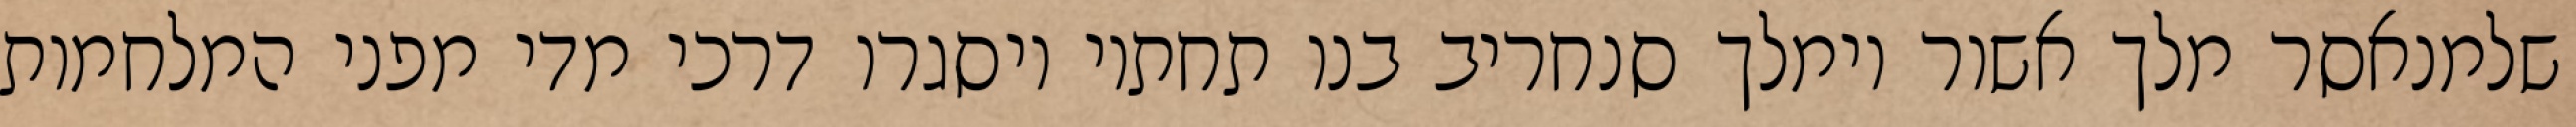
שלמנאסר מלך אשור וימלך סנחריב בנו תחתיו ויסגרו דרכי מדי מפני המלחמות